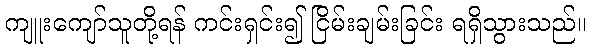
ကျူးကျော်သူတို့ရန် ကင်းရှင်း၍ ငြိမ်းချမ်းခြင်း ရရှိသွားသည်။